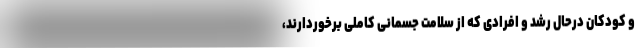
و کودکان درحال رشد و افرادی که از سلامت جسمانی کاملی برخوردارند،